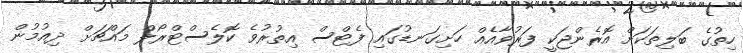
ހިތުގެ ބަލިތަކަށް އޮރެންޖަކީ ފަރުވާއެއް ހަށިގަނޑުގައި ފެޓްސް އިތުރުވެ ކޮލެސްޓްރޯލް މައްޗަށް ދިއުމުން